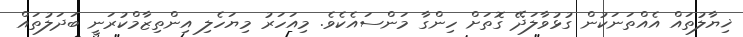
ޚިޔާލުތައް އެއްތަނަކުން ގުޅުވާލަދޭ ގޮތަށް ހިންގާ މަންސައެކެވެ. މިއަހަރު މިޔަހެލި އިންތިޒާމްކުރަނީ ބަދަލުތައް